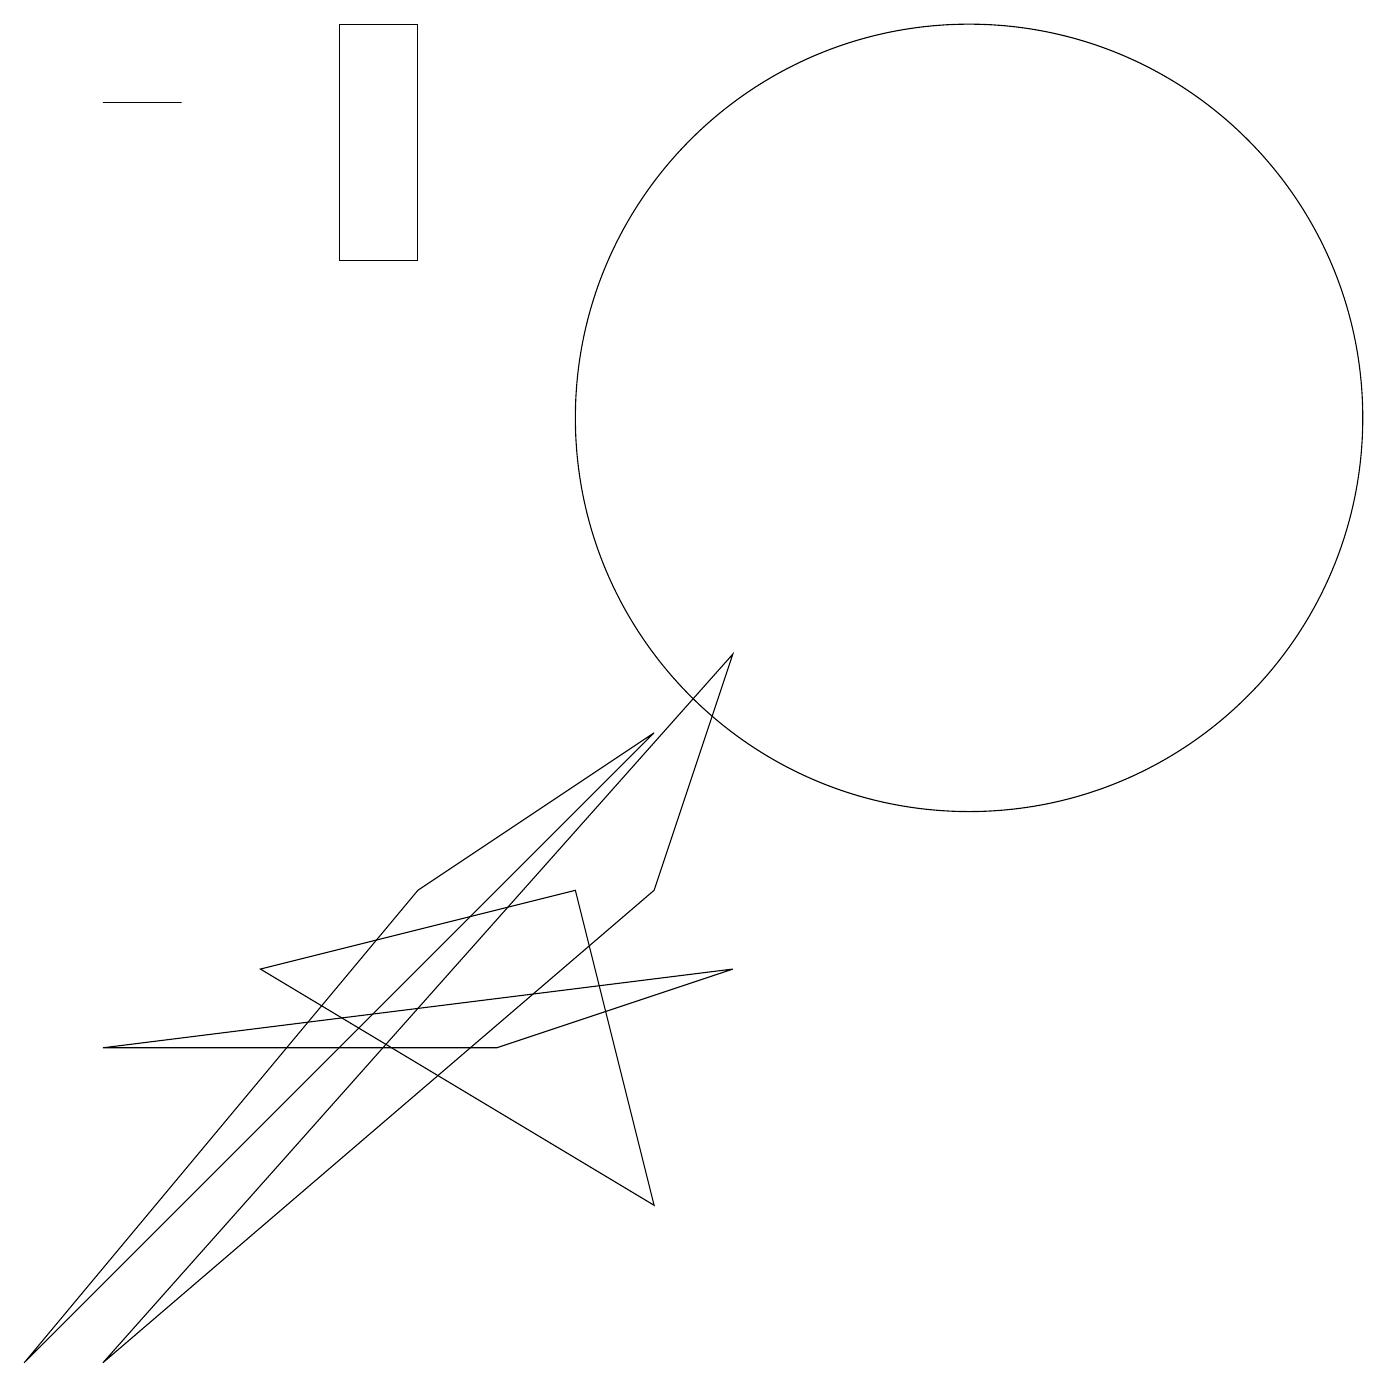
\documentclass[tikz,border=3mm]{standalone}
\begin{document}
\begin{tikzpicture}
\draw (8,6) -- (1,0) -- (9,9) -- cycle;
\draw (6,4) -- (9,5) -- (1,4) -- cycle;
\draw (1,16) rectangle (2,16);
\draw (3,5) -- (7,6) -- (8,2) -- cycle;
\draw (5,6) -- (8,8) -- (0,0) -- cycle;
\draw (4,14) rectangle (5,17);
\draw (12,12) circle (5);
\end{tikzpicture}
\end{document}